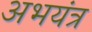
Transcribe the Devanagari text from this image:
अभयंत्र